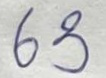
63